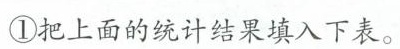
①把上面的统计结果填入下表